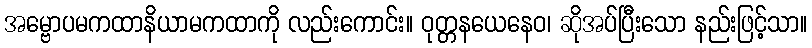
အမ္ဗောပမကထာနိယာမကထာကို လည်းကောင်း။ ဝုတ္တနယေနေဝ၊ ဆိုအပ်ပြီးသော နည်းဖြင့်သာ။